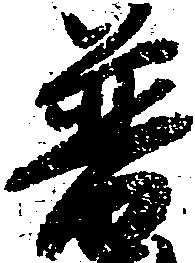
普